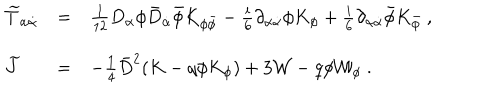
\begin{array} { l l l } { { { \widetilde T } _ { \alpha { \dot { \alpha } } } } } & { { = } } & { { \frac { 1 } { 1 2 } D _ { \alpha } \phi { \bar { D } } _ { \dot { \alpha } } { \bar { \phi } } K _ { \phi { \bar { \phi } } } - \frac { i } { 6 } \partial _ { \alpha { \dot { \alpha } } } \phi K _ { \phi } + \frac { i } { 6 } \partial _ { \alpha { \dot { \alpha } } } { \bar { \phi } } K _ { \bar { \phi } } \ , } } \\ { { { \widetilde J } } } & { { = } } & { { - \frac { 1 } { 4 } { \bar { D } } ^ { 2 } ( K - q \phi K _ { \phi } ) + 3 { \mathcal W } - q \phi { \mathcal W } _ { \phi } \ . } } \\ \end{array}